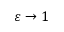
\varepsilon \rightarrow 1